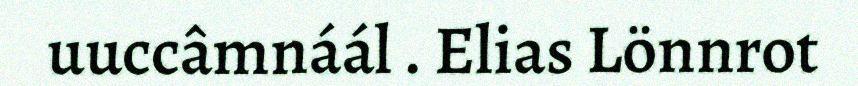
uuccâmnáál . Elias Lönnrot